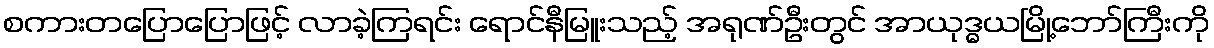
စကားတပြောပြောဖြင့် လာခဲ့ကြရင်း ရောင်နီမြူးသည့် အရုဏ်ဦးတွင် အာယုဒ္ဓယမြို့ဘော်ကြီးကို